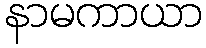
နာမကာယာ